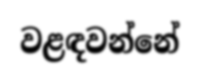
වළඳවන්නේ